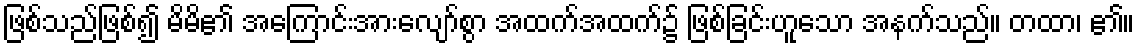
ဖြစ်သည်ဖြစ်၍ မိမိ၏ အကြောင်းအားလျော်စွာ အထက်အထက်၌ ဖြစ်ခြင်းဟူသော အနက်သည်။ တထာ၊ ၏။